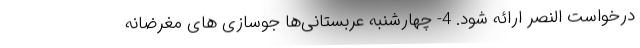
درخواست النصر ارائه شود. 4- چهارشنبه عربستانی‌ها جوسازی های مغرضانه